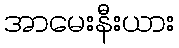
အာမေးနီးယား